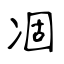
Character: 凅